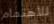
للأهتمام